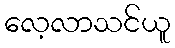
လေ့လာသင်ယူ